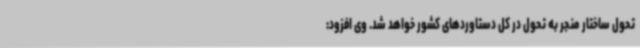
تحول ساختار منجر به تحول در کل دستاوردهای کشور خواهد شد. وی افزود: